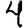
Digit: 4